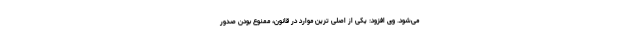
می‌شود. وی افزود: یکی از اصلی ترین موارد در قانون، ممنوع بودن صدور